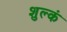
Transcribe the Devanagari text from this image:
शुल्कं